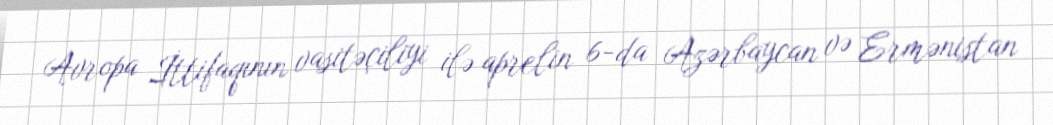
Avropa İttifaqının vasitəçiliyi ilə aprelin 6-da Azərbaycan və Ermənistan